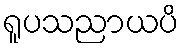
ရူပသညာယပိ